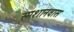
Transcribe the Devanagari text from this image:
स्मशानवास